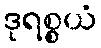
ဒုရစ္စယံ